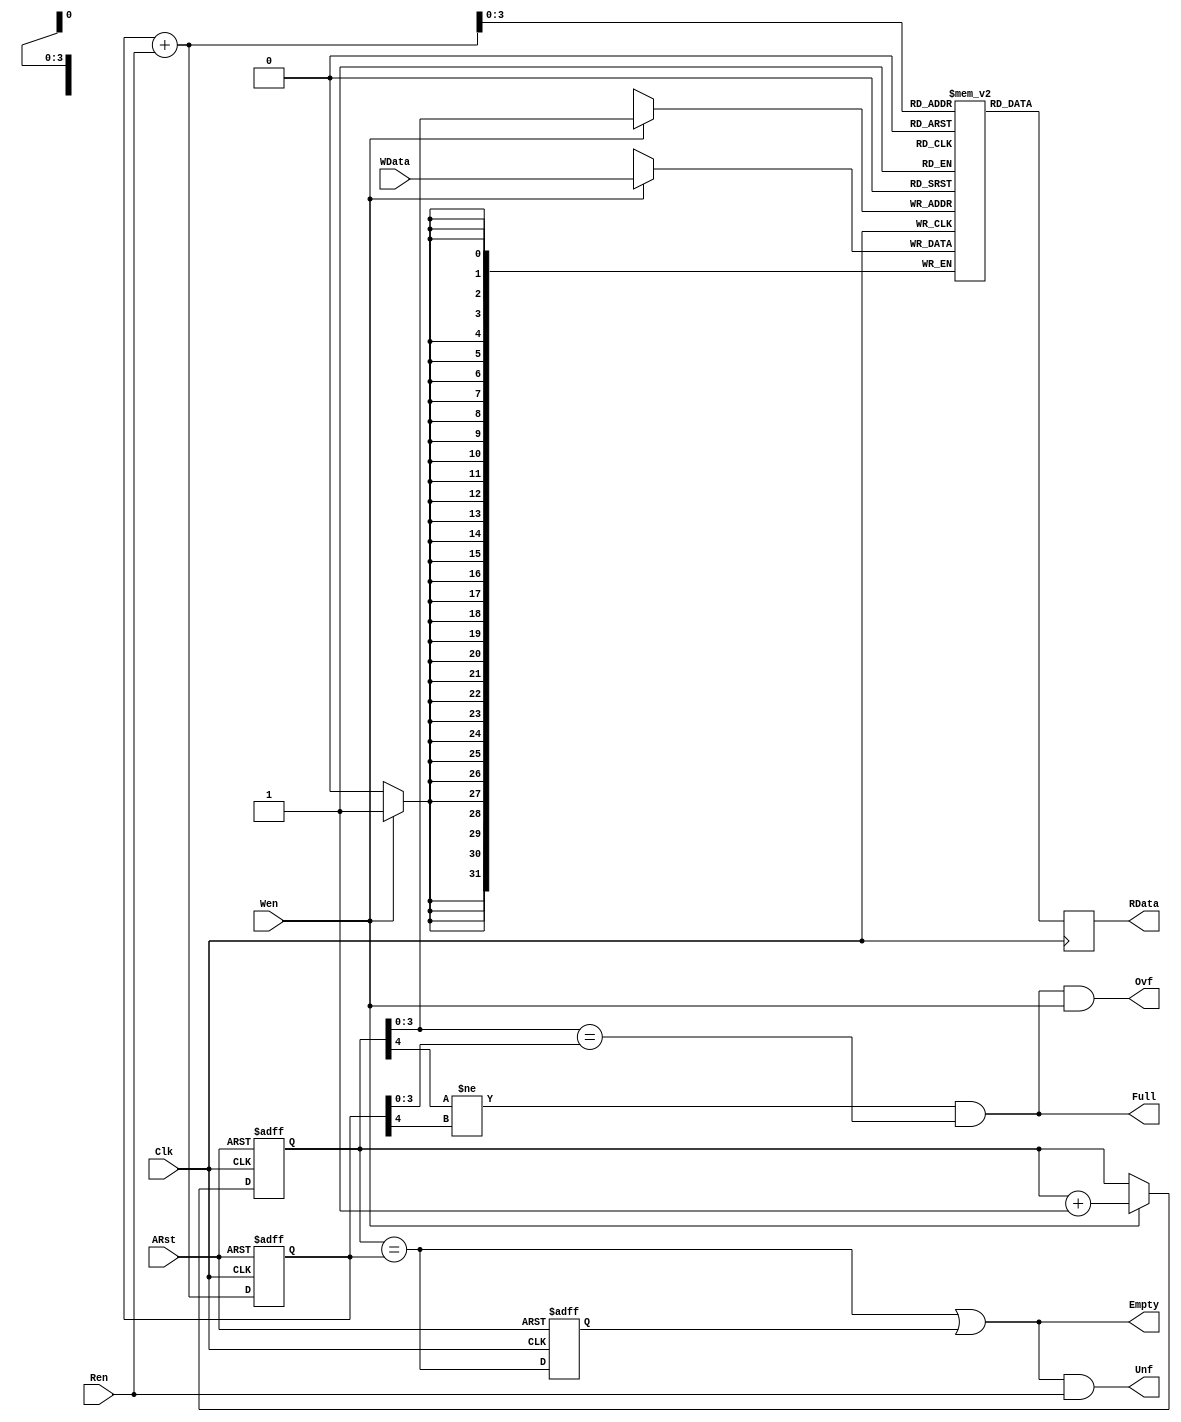
//------------------------------------------------------------------------------
// Synchronous FIFO using a Single-Port RAM
//------------------------------------------------------------------------------

`timescale 1ns/100ps
`default_nettype none
module sfifo #(
    parameter DATA_WIDTH = 32,
    parameter ADDR_WIDTH = 4
) (
    input wire                  Clk,
    input wire                  ARst,
    input wire                  Ren,
    input wire                  Wen,
    input wire [DATA_WIDTH-1:0] WData,
    output reg [DATA_WIDTH-1:0] RData,
    output wire                 Empty,
    output wire                 Full,
    output wire                 Unf,
    output wire                 Ovf
);
    reg [ADDR_WIDTH:0]  rptr;
    reg [ADDR_WIDTH:0]  rptr_comb;
    reg [ADDR_WIDTH:0]  wptr;
    reg empty_d1;
    
    assign Full = (wptr[ADDR_WIDTH] != rptr[ADDR_WIDTH]) 
                    && (wptr[ADDR_WIDTH-1:0] == rptr[ADDR_WIDTH-1:0]);
    assign Empty = (wptr == rptr) || empty_d1;
    assign Ovf = Full & Wen;
    assign Unf = Empty & Ren;

    reg [DATA_WIDTH-1:0] mem [0:(1<<ADDR_WIDTH)-1];

    //reg rptr_comb;
    
    always @(*) begin
        rptr_comb = rptr + Ren;
    end
    always @(posedge Clk or posedge ARst) begin
        if (ARst == 1'b1) begin
            rptr <= 0;
            wptr <= 0;
            empty_d1 <= 0;
        end else begin
            //empty_d1 <= Empty;
            empty_d1 <= (wptr == rptr);

            //if (Ren == 1'b1) rptr <= rptr + 1;
            rptr <= rptr_comb;

            if (Wen == 1'b1) begin
                //mem[wptr[ADDR_WIDTH-1:0]] <= WData;
                wptr <= wptr + 1;
            end
        end
    end
    always @(posedge Clk) begin
        if (Wen == 1'b1) mem[wptr[ADDR_WIDTH-1:0]] <= WData;
        RData <= mem[rptr_comb[ADDR_WIDTH-1:0]];
    end
endmodule
`default_nettype wire